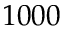
1 0 0 0